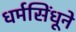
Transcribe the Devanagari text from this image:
धर्मसिंधूने